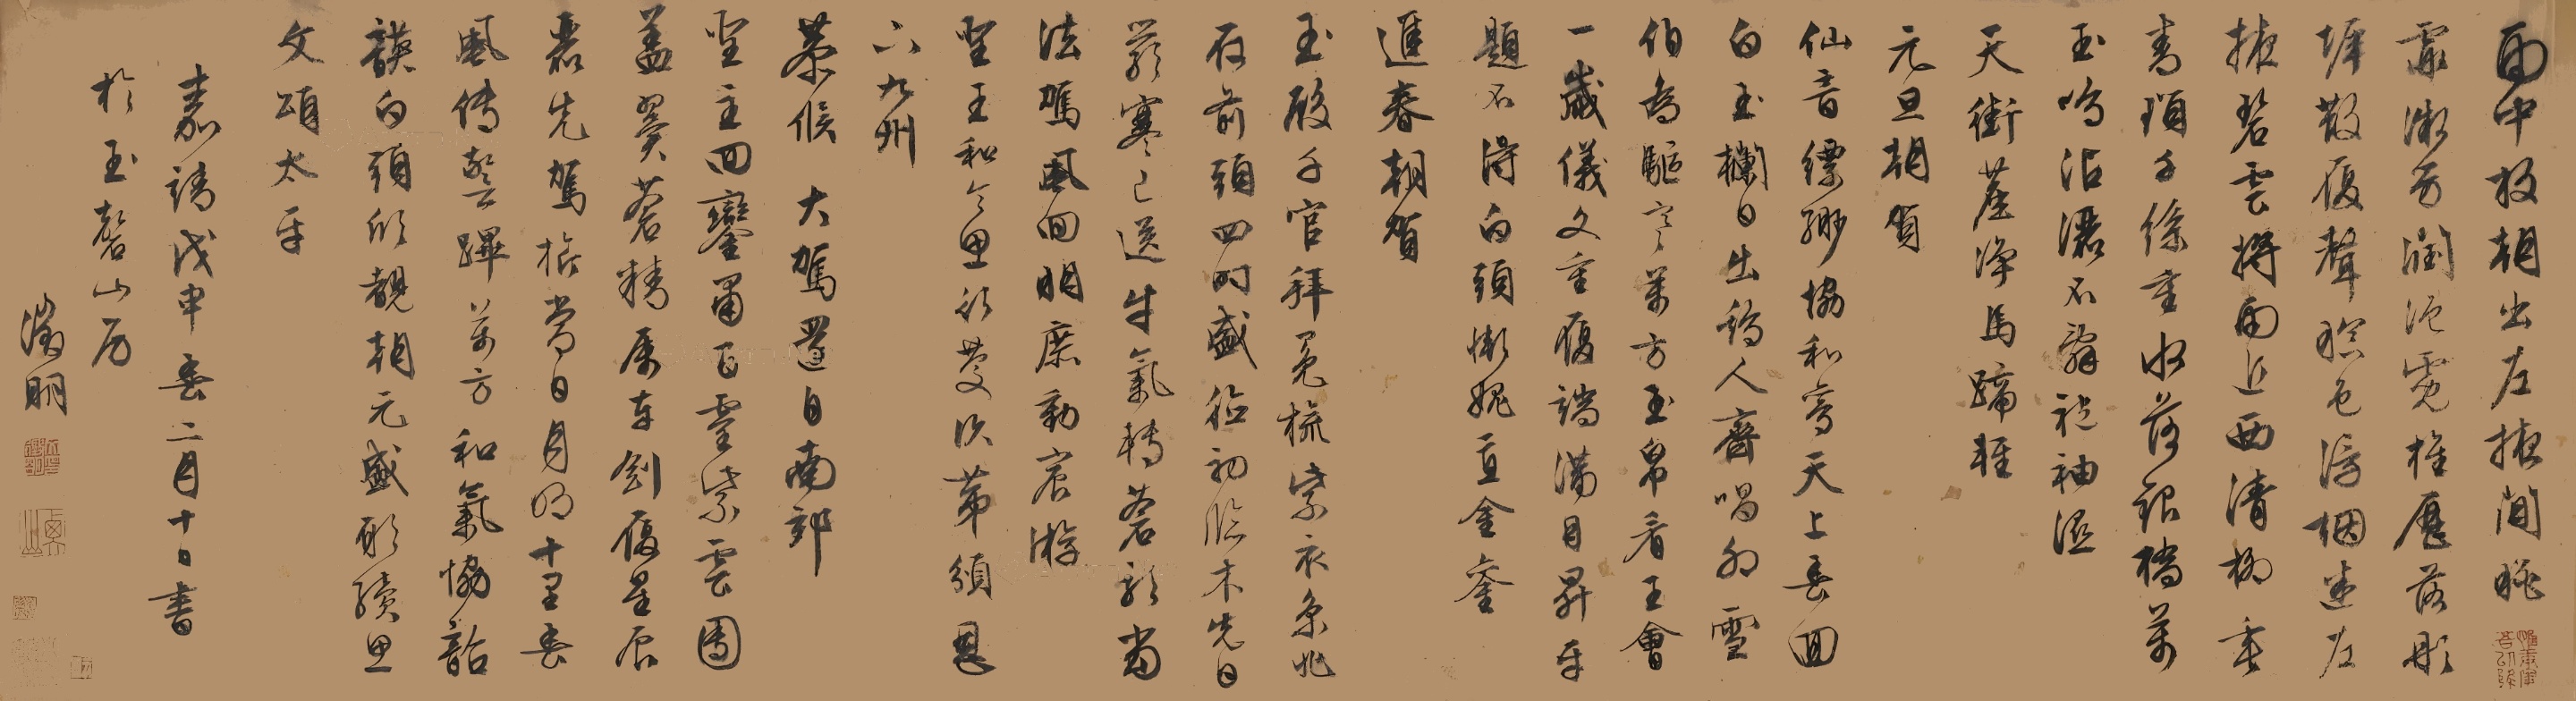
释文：《雨中放朝出左掖闲眺》霏微芳润浥霓旌，历落彤墀散履声。暝色浮烟迷左掖，碧云将雨近西清。柳垂青琐千丝重，水落银桥万玉鸣。沾洒不辞袍袖湿，天街尘净马蹄轻。
《元旦朝贺》仙音缥缈恊和鸾，天上春回白玉栏。日出鸡人齐唱卯，雪(消风)伯为驱寒。万方玉帛看王会，一岁仪文重履端。满目升平题不得，白头惭愧直金銮。
《进春朝贺》玉殿千官拜冕旒，紫衣京兆在前头。四时盛德初临木，先日严寒已送牛。气转苍龙当法驾，风回明庶动宸游。圣王和令思行庆，次第颁恩下九州岛。
《恭候大驾还自南郊》圣主回銮肃百灵，紫云团盖翼苍精。属车剑履星辰丽，先驾旗常日月明。十里春风传警跸，万方和气恊韶韺。白头欣覩朝元盛，愿续思文颂太平。嘉靖戊申(1548)春二月十日，书于玉磬山房。征明。